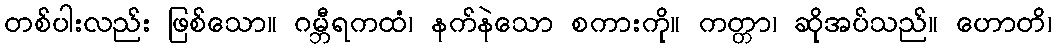
တစ်ပါးလည်း ဖြစ်သော။ ဂမ္ဘီရကထံ၊ နက်နဲသော စကားကို။ ကတ္တာ၊ ဆိုအပ်သည်။ ဟောတိ၊